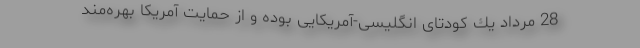
28 مرداد یك كودتای انگلیسی-آمریكایی بوده و از حمایت آمریكا بهره‌مند